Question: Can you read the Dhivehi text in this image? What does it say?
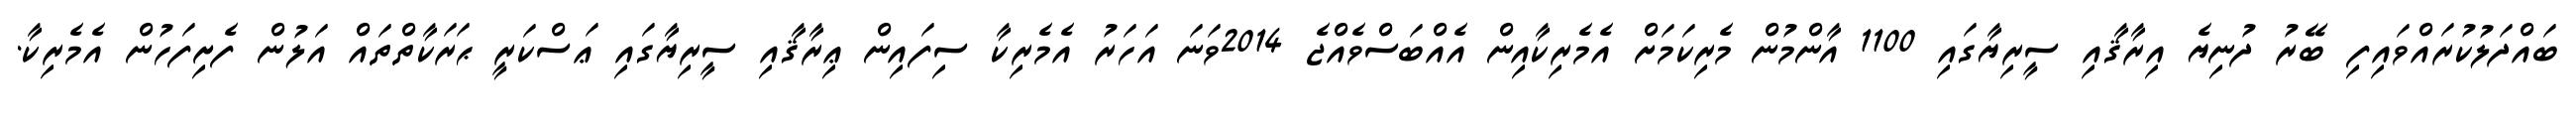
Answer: ބައްދަލުކުރައްވައިފި ބޭރު ދުނިޔެ އިރާޤާއި ސީރިޔާގައި 1100 އާންމުން މެރިކަމަށް އެމެރިކާއިން އެއްބަސްވެއްޖެ 2014ވަނަ އަހަރު އެމެރިކާ ސިފައިން ޢިރާޤާއި ސީރިޔާގައި ޢަސްކަރީ ޙަރަކާތްތައް އަލުން ފެށިފަހުން އެމެރިކާ.